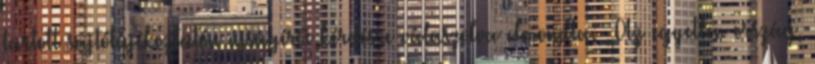
tartott sajtótájékoztatón újságírói kérdésre válaszolva elmondta: „Az egyetlen ország,